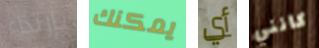
بإرتداء يمكنك أي كانني